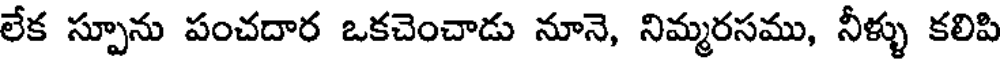
లేక స్పూను పంచదార ఒకచెంచాడు నూనె, నిమ్మరసము, నీళ్ళు కలిపి